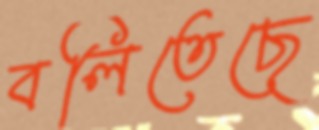
বলিতেছে